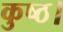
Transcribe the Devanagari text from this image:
कुष्ठ।